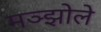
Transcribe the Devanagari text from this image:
मञ्झोले